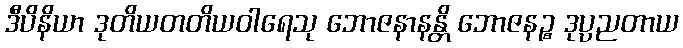
ဒီပိနိယာ ဒုတိယတတိယဝါရေသု ဘောဇနာနန္တိ ဘောဇနဉ္စ ဒုပ္ပညတာယ